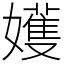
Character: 嬳